Mental hospitals Bombay report 1921-28 - 1921-1928
Year: 1921
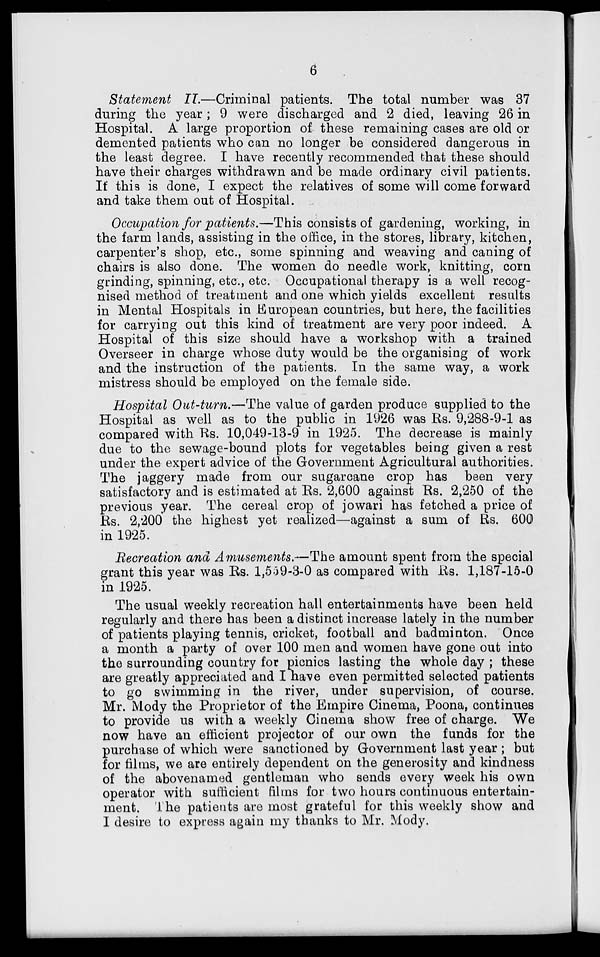
6
Statement II.—Criminal patients. The total number was 37
during the year ; 9 were discharged and 2 died, leaving 26 in
Hospital. A large proportion of these remaining cases are old or
demented patients who can no longer be considered dangerous in
the least degree. I have recently recommended that these should
have their charges withdrawn and be made ordinary civil patients.
If this is done, I expect the relatives of some will come forward
and take them out of Hospital.
Occupation for patients.—This consists of gardening, working, in
the farm lands, assisting in the office, in the stores, library, kitchen,
carpenter's shop, etc., some spinning and weaving and caning of
chairs is also done. The women do needle work, knitting, corn
grinding, spinning, etc., etc. Occupational therapy is a well recog-
nised method of treatment and one which yields excellent results
in Mental Hospitals in European countries, but here, the facilities
for carrying out this kind of treatment are very poor indeed. A
Hospital of this size should have a workshop with a trained
Overseer in charge whose duty would be the organising of work
and the instruction of the patients. In the same way, a work
mistress should be employed on the female side.
Hospital Out-turn.—The value of garden produce supplied to the
Hospital as well as to the public in 1926 was Rs. 9,288-9-1 as
compared with Rs. 10,049-13-9 in 1925. The decrease is mainly
due to the sewage-bound plots for vegetables being given a rest
under the expert advice of the Government Agricultural authorities.
The jaggery made from our sugarcane crop has been very
satisfactory and is estimated at Rs. 2,600 against Rs. 2,250 of the
previous year. The cereal crop of jowari has fetched a price of
Rs. 2,200 the highest yet realized—against a sum of Rs. 600
in 1925.
Recreation and Amusements.—The amount spent from the special
grant this year was Rs. 1,559-3-0 as compared with Rs. 1,187-15-0
in 1925.
The usual weekly recreation hall entertainments have been held
regularly and there has been a distinct increase lately in the number
of patients playing tennis, cricket, football and badminton. Once
a month a party of over 100 men and women have gone out into
the surrounding country for picnics lasting the whole day ; these
are greatly appreciated and I have even permitted selected patients
to go swimming in the river, under supervision, of course.
Mr. Mody the Proprietor of the Empire Cinema, Poona, continues
to provide us with a weekly Cinema show free of charge. We
now have an efficient projector of our own the funds for the
purchase of which were sanctioned by Government last year ; but
for films, we are entirely dependent on the generosity and kindness
of the abovenamed gentleman who sends every week his own
operator with sufficient films for two hours continuous entertain-
ment. The patients are most grateful for this weekly show and
I desire to express again my thanks to Mr. Mody.